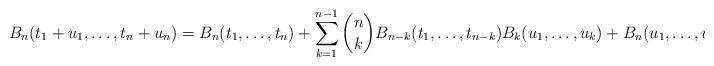
LaTeX: \begin{align*} B_{n}(t_{1}+u_{1}, \ldots, t_{n}+u_{n})= B_{n}(t_{1}, \ldots, t_{n})+\sum_{k=1}^{n-1}\binom{n}{k} B_{n-k}(t_{1}, \ldots, t_{n-k})B_{k}(u_{1}, \ldots, u_{k}) +B_{n}(u_{1}, \ldots, u_{n}) \end{align*}